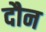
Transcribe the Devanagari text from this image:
दौन